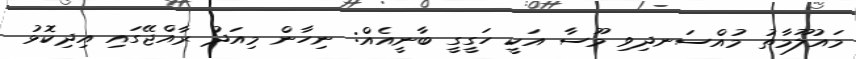
މައުލޫމާތު މުއްސަނދިވި މޫސާ އަކީ ހަގީގީ ބާނީއެއް: ނިހާން މިއަދު ރާއްޖޭގައި އިދިކޮޅު